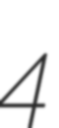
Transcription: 4